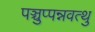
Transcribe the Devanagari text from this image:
पञ्चुप्पन्नवत्थु